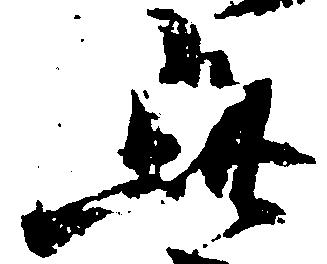
此